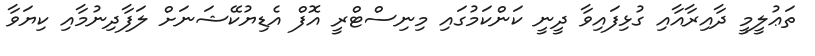
ތަޢުލީމީ ދާއިރާއާއި ގުޅިފައިވާ ދީނީ ކަންކަމުގައި މިނިސްޓްރީ އޮފް އެޑިޔުކޭޝަނަށް ލަފާދިނުމާއި ކިޔަވާ